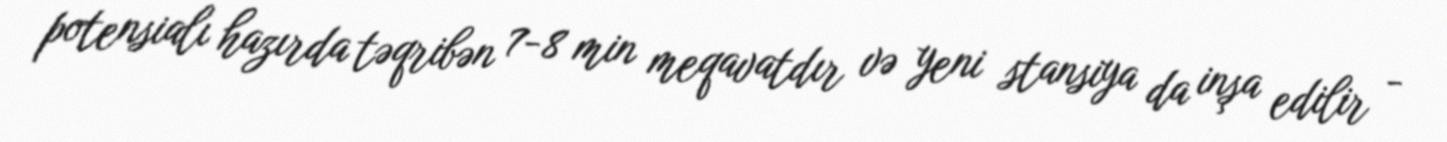
potensialı hazırda təqribən 7-8 min meqavatdır və yeni stansiya da inşa edilir -